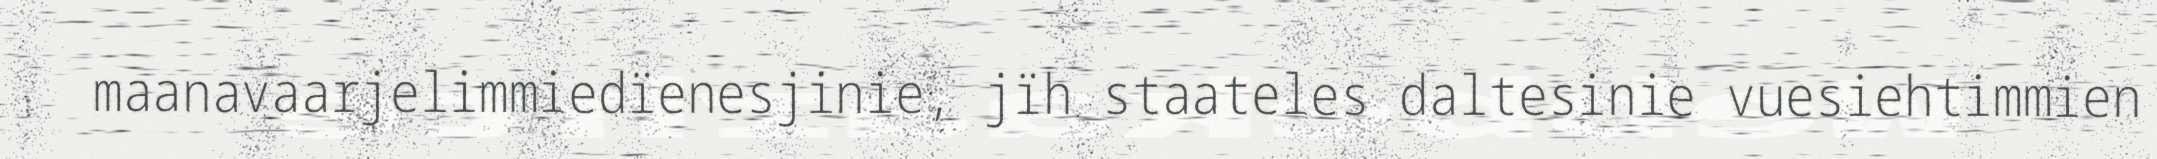
maanavaarjelimmiedïenesjinie, jïh staateles daltesinie vuesiehtimmien